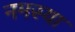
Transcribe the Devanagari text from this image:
नमस्या